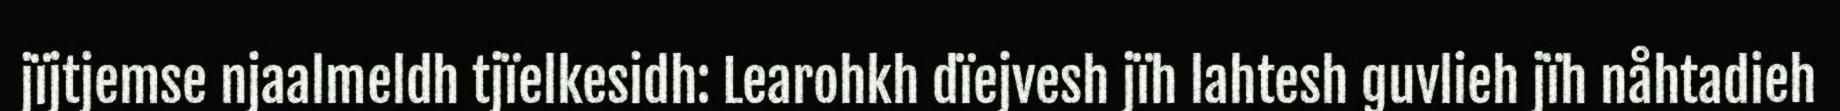
jïjtjemse njaalmeldh tjïelkesidh: Learohkh dïejvesh jïh lahtesh guvlieh jïh nåhtadieh